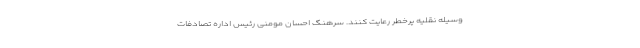
وسیله نقلیه پرخطر رعایت کنند. سرهنگ احسان مومنی رئیس اداره تصادفات